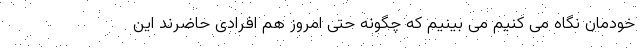
خودمان نگاه می کنیم می بینیم که چگونه حتی امروز هم افرادی حاضرند این